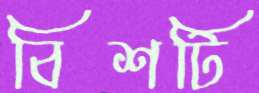
বিশটি